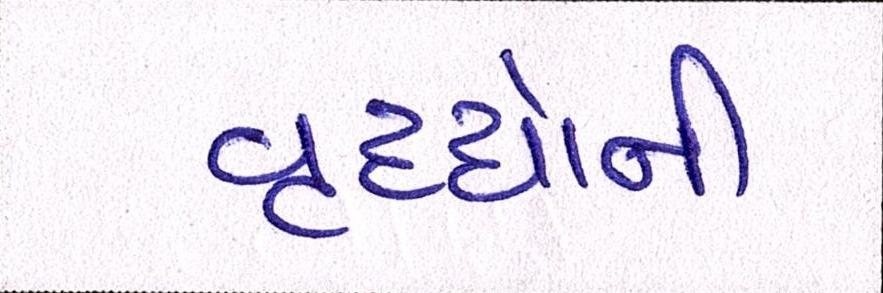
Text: વૃધ્ધોની